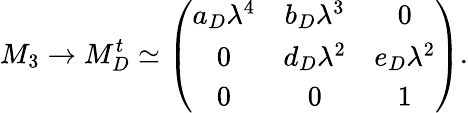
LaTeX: M_{3}\rightarrow M_{D}^{t}\simeq\left(\begin{array}{ccc}{{a_{D}\lambda^{4}}}&{{b_{D}\lambda^{3}}}&{{0}}\\ {{0}}&{{d_{D}\lambda^{2}}}&{{e_{D}\lambda^{2}}}\\ {{0}}&{{0}}&{{1}}\end{array}\right).